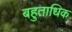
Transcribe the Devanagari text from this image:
बहुताधिक